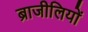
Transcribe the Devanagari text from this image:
ब्राजीलियों